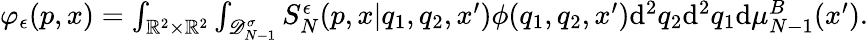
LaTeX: \begin{array}{r}{\varphi_{\epsilon}(p,x)=\int_{\mathbb R^{2}\times\mathbb R^{2}}\int_{\mathscr D_{N-1}^{\sigma}}S_{N}^{\epsilon}(p,x|q_{1},q_{2},x^{\prime})\phi(q_{1},q_{2},x^{\prime})\mathrm{d}^{2}q_{2}\mathrm{d}^{2}q_{1}\mathrm{d}\mu_{N-1}^{B}(x^{\prime}).}\end{array}